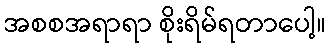
အစစအရာရာ စိုးရိမ်ရတာပေါ့။